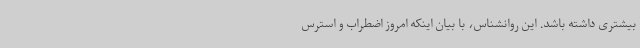
بیشتری داشته باشد. این روانشناس، با بیان اینکه امروز اضطراب و استرس